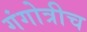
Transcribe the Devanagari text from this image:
गंगोत्रीच